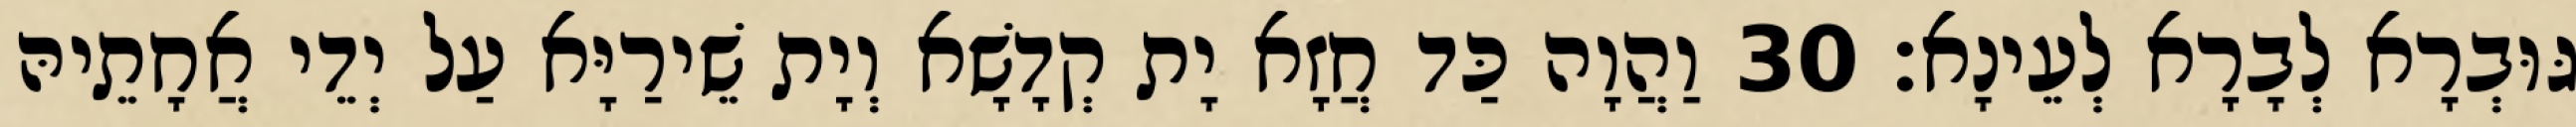
גּוּבְרָא לְבָרָא לְעֵינָא׃ 30 וַהֲוָה כַּד חֲזָא יָת קְדָשָׁא וְיָת שֵׁירַיָּא עַל יְדֵי אֲחָתֵיהּ